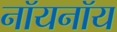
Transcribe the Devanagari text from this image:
नॉयनॉय